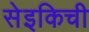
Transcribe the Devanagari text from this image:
सेइकिची